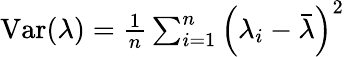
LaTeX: \begin{array}{r}{\mathrm{Var}(\lambda)=\frac{1}{n}\sum_{i=1}^{n}\left(\lambda_{i}-\bar{\lambda}\right)^{2}}\end{array}